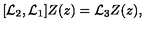
[ { \cal L } _ { 2 } , { \cal L } _ { 1 } ] Z ( z ) = { \cal L } _ { 3 } Z ( z ) ,